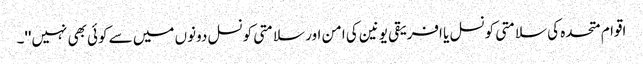
اقوام متحدہ کی سلامتی کونسل یا افریقی یونین کی امن اور سلامتی کونسل دونوں میں سے کوئی بھی نہیں''۔